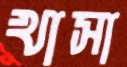
খাসা